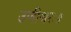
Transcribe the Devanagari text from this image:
उणीश्वरः॥